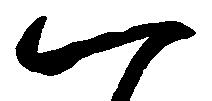
一